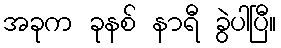
အခုက ခုနစ် နာရီ ခွဲပါပြီ။